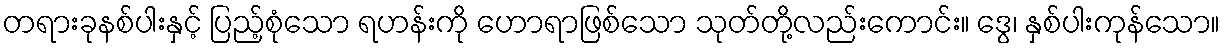
တရားခုနစ်ပါးနှင့် ပြည့်စုံသော ရဟန်းကို ဟောရာဖြစ်သော သုတ်တို့လည်းကောင်း။ ဒွေ၊ နှစ်ပါးကုန်သော။